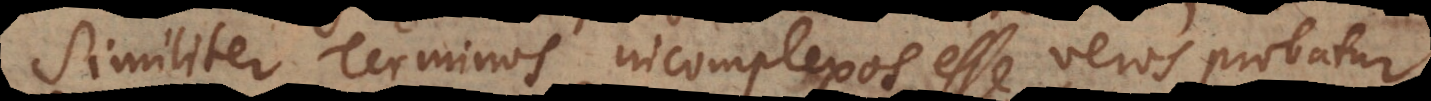
Similiter Terminos incomplexos esse veros probatur